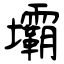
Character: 壩